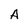
Character: A